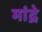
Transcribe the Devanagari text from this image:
मांद्रे